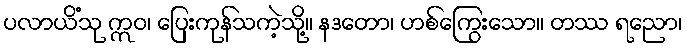
ပလာယိံသု ဣဝ၊ ပြေးကုန်သကဲ့သို့။ နဒတော၊ ဟစ်ကြွေးသော။ တဿ ရညော၊